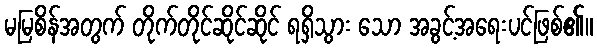
မမြစိန်အတွက် တိုက်တိုင်ဆိုင်ဆိုင် ရရှိသွား သော အခွင့်အရေးပင်ဖြစ်၏။